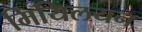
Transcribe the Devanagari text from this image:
मियिलयन